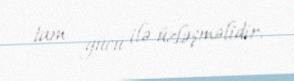
tam gücü ilə üzləşməlidir.